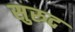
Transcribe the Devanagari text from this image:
सुरुद